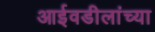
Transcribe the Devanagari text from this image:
आईवडीलांच्या